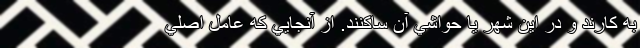
به كارند و در این شهر یا حواشي آن ساكنند. از آنجايي كه عامل اصلي